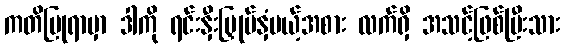
ကတိပြုရာမှာ ဒါကို ရင်းနှီးမြှုပ်နှံမယ့်အစား လက်ရှိ အသင့်ဖြစ်ပြီးသား